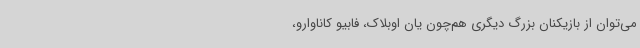
می‌توان از بازیکنان بزرگ دیگری هم‌چون یان اوبلاک، فابیو کاناوارو،